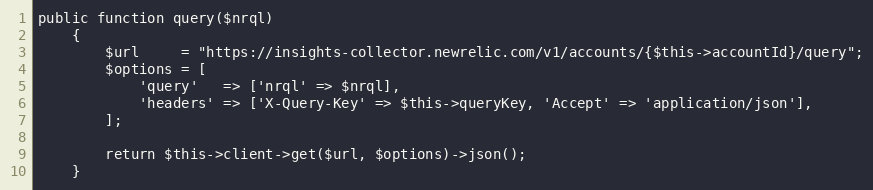
Language: PHP
public function query($nrql)
    {
        $url     = "https://insights-collector.newrelic.com/v1/accounts/{$this->accountId}/query";
        $options = [
            'query'   => ['nrql' => $nrql],
            'headers' => ['X-Query-Key' => $this->queryKey, 'Accept' => 'application/json'],
        ];

        return $this->client->get($url, $options)->json();
    }